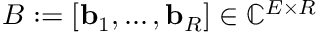
B : = [ \mathbf { b } _ { 1 } , \dots , \mathbf { b } _ { R } ] \in \mathbb { C } ^ { E \times R }